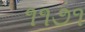
૧૧૭૧